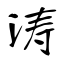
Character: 涛